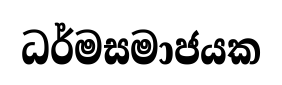
ධර්මසමාජයක